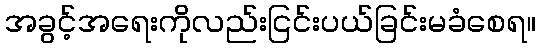
အခွင့်အရေးကိုလည်းငြင်းပယ်ခြင်းမခံစေရ။